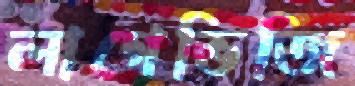
লাগেভিজি